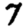
Digit: 7